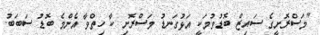
"މަސްރޮށީގެ ސައިޒް ބޮޑުވުމަކީ އަޅުގަނޑު މަސްރޮށި ކާ ހިތްވާ އެންމެ ބޮޑު ސަބަބު.